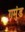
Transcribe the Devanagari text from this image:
गमुंड